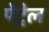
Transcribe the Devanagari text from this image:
पेट्रेल